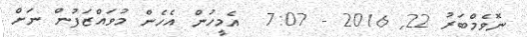
ނޮވެމްބަރު 22